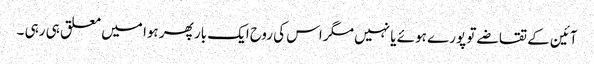
آئین کے تقاضے تو پورے ہوئے یا نہیں مگر اس کی روح ایک بار پھر ہوا میں معلق ہی رہی ۔